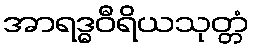
အာရဒ္ဓဝီရိယသုတ္တံ